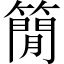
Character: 𥳑